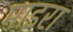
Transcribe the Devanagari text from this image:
माइरा